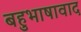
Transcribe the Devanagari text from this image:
बहुभाषावाद